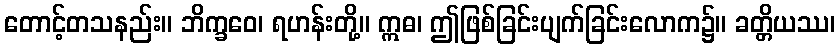
တောင့်တသနည်း။ ဘိက္ခဝေ၊ ရဟန်းတို့။ ဣဓ၊ ဤဖြစ်ခြင်းပျက်ခြင်းလောက၌။ ခတ္တိယဿ၊